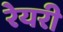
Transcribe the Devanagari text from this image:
रेयरी